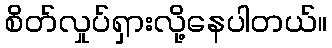
စိတ်လှုပ်ရှားလို့နေပါတယ်။